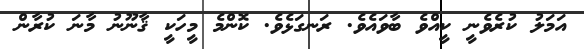
އަމަލު ކުރެވެނީ ކީއްވެ ބާވައެވެ. ރަނގަޅެވެ. ކޮންމެ މީހަކީ ޤާނޫނު މާނަ ކުރާން